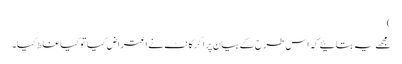
)
مجھے یہ بتائیے کہ اس طرح کے بیان پر اگر کانٹ نے اعتراض کیا تو کیا غلط کیا۔